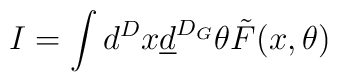
I=\int d^Dx\underline{d}^{D_G}\theta\tilde{F}(x,\theta)